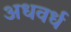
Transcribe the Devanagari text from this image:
अधवर्ध